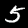
Label: 5